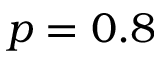
p = 0 . 8